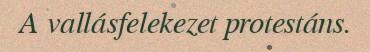
A vallásfelekezet protestáns.